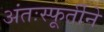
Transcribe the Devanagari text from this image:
अंतःस्फूर्तीने